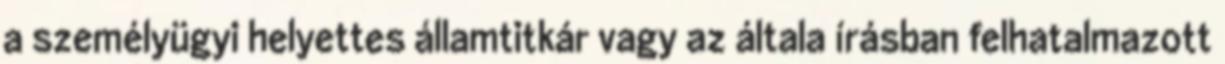
a személyügyi helyettes államtitkár vagy az általa írásban felhatalmazott